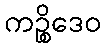
ကဉ္စိဒေဝ